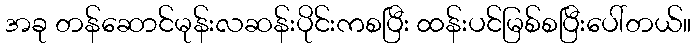
အခု တန်ဆောင်မုန်းလဆန်းပိုင်းကစပြီး ထန်းပင်မြစ်စပြီးပေါ်တယ်။